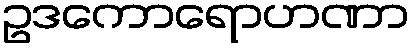
ဥဒကောရောဟဏာ